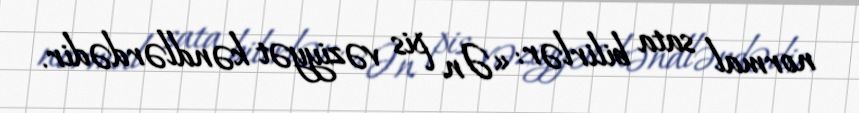
normal sata bilirlər: «Ən pis vəziyyət kəndlərdədir.